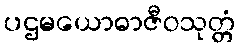
ပဌမယောဓာဇီဝသုတ္တံ